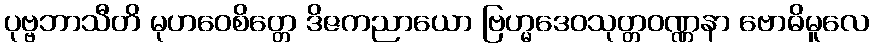
ပုဗ္ဗဘာသီတိ မုဟဝေစိတ္တေ ဒိဇကညာယော ဗြဟ္မဒေဝသုတ္တဝဏ္ဏနာ ဗောဓိမူလေ